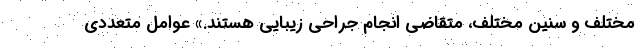
مختلف و سنین مختلف، متقاضی انجام جراحی زیبایی هستند.» عوامل متعددی